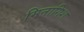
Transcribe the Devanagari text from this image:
मिनागिश